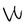
Character: W